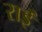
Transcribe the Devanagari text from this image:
राईं